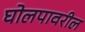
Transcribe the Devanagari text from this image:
घोलपावरील